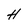
Character: H